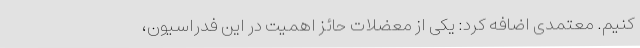
کنیم. معتمدی اضافه کرد: یکی از معضلات حائز اهمیت در این فدراسیون،